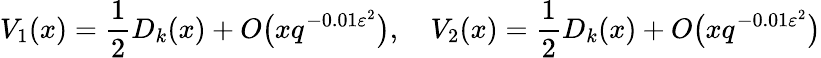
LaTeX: V_{1}(x)={\frac{1}{2}}D_{k}(x)+O{\bigl(}xq^{-0.01\varepsilon^{2}}{\bigr)},\quad V_{2}(x)={\frac{1}{2}}D_{k}(x)+O{\bigl(}xq^{-0.01\varepsilon^{2}}{\bigr)}